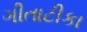
ગીતાટીકા